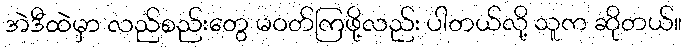
အဲဒီထဲမှာ လည်စည်းတွေ မဝတ်ကြဖို့လည်း ပါတယ်လို့ သူက ဆိုတယ်။